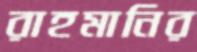
রাহমানির